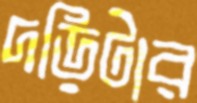
দড়িটার